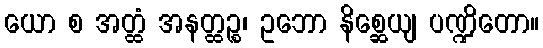
ယော စ အတ္ထံ အနတ္ထဉ္စ၊ ဥဘော နိစ္ဆေယျ ပဏ္ဍိတော။